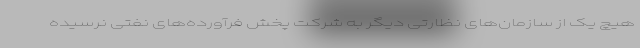
هیچ یک از سازمان‌های نظارتی دیگر به شرکت پخش فرآورده‌های نفتی نرسیده